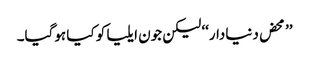
’’محض دنیادار‘‘ لیکن جون ایلیا کو کیا ہوگیا۔